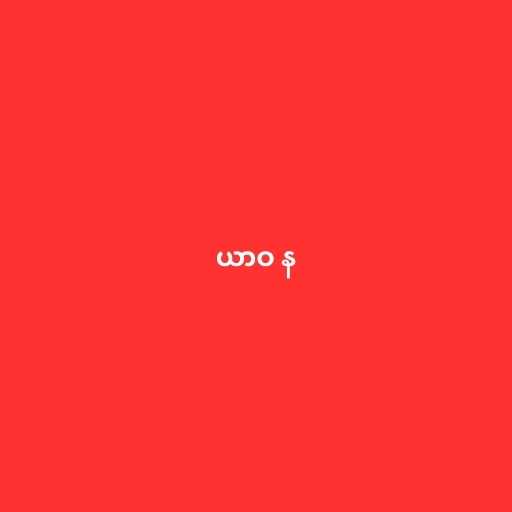
ယာဝ န